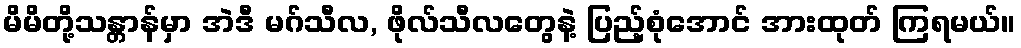
မိမိတို့သန္တာန်မှာ အဲဒီ မဂ်သီလ, ဖိုလ်သီလတွေနဲ့ ပြည့်စုံအောင် အားထုတ် ကြရမယ်။